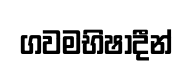
ගවමභිෂාදීන්